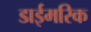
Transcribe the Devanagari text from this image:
डाईमरिक